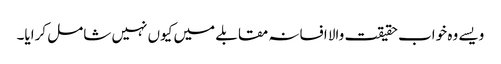
ویسے وہ خواب حقیقت والا افسانہ مقابلے میں کیوں نہیں شامل کرایا۔